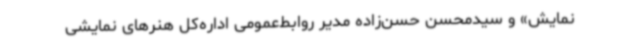
نمایش» و سیدمحسن حسن‌زاده مدیر روابط‌عمومی اداره‌کل هنرهای نمایشی